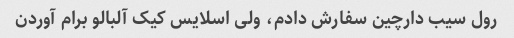
رول سیب دارچین سفارش دادم، ولی اسلایس کیک آلبالو برام آوردن